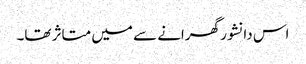
اس دانشور گھرانے سے میں متاثر تھا۔